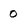
Character: 0